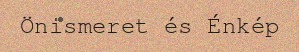
Önismeret és Énkép